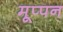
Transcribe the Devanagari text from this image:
मूप्पन